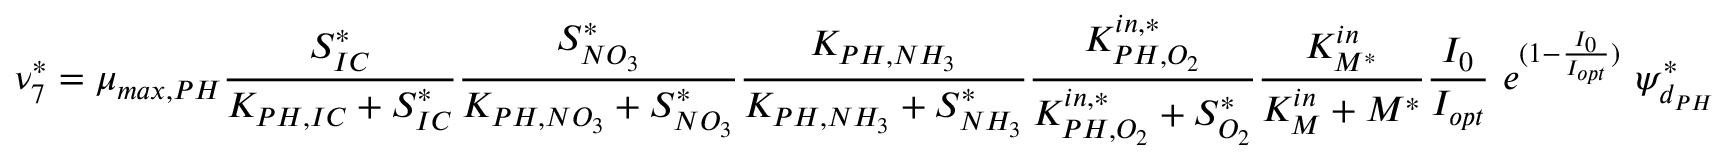
\nu _ { 7 } ^ { * } = \mu _ { m a x , P H } \frac { S _ { I C } ^ { * } } { K _ { P H , I C } + S _ { I C } ^ { * } } \frac { S _ { N O _ { 3 } } ^ { * } } { K _ { P H , N O _ { 3 } } + S _ { N O _ { 3 } } ^ { * } } \frac { K _ { P H , N H _ { 3 } } } { K _ { P H , N H _ { 3 } } + S _ { N H _ { 3 } } ^ { * } } \frac { K _ { P H , O _ { 2 } } ^ { i n , * } } { K _ { P H , O _ { 2 } } ^ { i n , * } + S _ { O _ { 2 } } ^ { * } } \frac { K _ { M ^ { * } } ^ { i n } } { K _ { M } ^ { i n } + M ^ { * } } \frac { I _ { 0 } } { I _ { o p t } } \ e ^ { ( 1 - \frac { I _ { 0 } } { I _ { o p t } } ) } \ \psi _ { d _ { P H } } ^ { * }